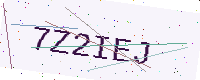
Text: 7Z2IEJ